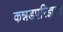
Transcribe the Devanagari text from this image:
कन्नडपरिज्ञान